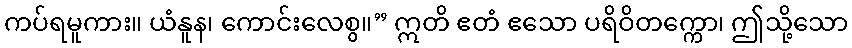
ကပ်ရမူကား။ ယံနူန၊ ကောင်းလေစွ။” ဣတိ ဧတံ ဧသော ပရိဝိတက္ကော၊ ဤသို့သော